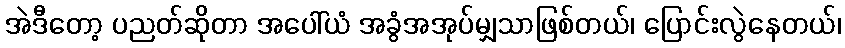
အဲဒီတော့ ပညတ်ဆိုတာ အပေါ်ယံ အခွံအအုပ်မျှသာဖြစ်တယ်၊ ပြောင်းလွဲနေတယ်၊